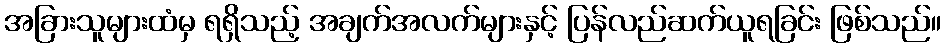
အခြားသူများထံမှ ရရှိသည့် အချက်အလက်များနှင့် ပြန်လည်ဆက်ယူရခြင်း ဖြစ်သည်။